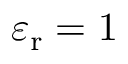
\varepsilon _ { \mathrm { r } } = 1